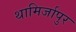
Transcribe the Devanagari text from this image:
थामिर्जापुर